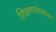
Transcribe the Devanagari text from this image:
शिक्षणसंस्थांना